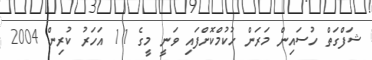
ޝަފްގަތް ހުސައިން މަރަން ހުކުމްކޮށްފައި ވަނީ މީގެ 11 އަހަރު ކުރިން 2004